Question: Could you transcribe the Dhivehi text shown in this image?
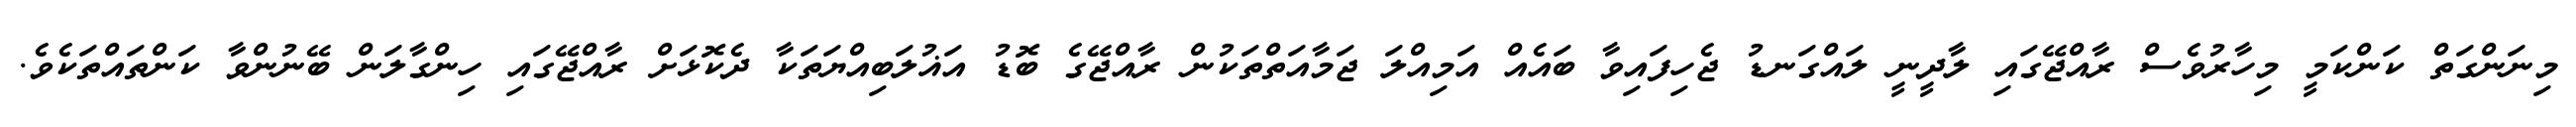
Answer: މިނަންގަތް ކަންކަމީ މިހާރުވެސް ރާއްޖޭގައި ލާދީނީ ލައްގަނޑު ޖެހިފައިވާ ބައެއް އަމިއްލަ ޖަމާއަތްތަކުން ރާއްޖޭގެ ބޮޑު އަޣުލަބިއްޔަތަކާ ދެކޮޅަށް ރާއްޖޭގައި ހިންގާލަން ބޭނުންވާ ކަންތައްތަކެވެ.